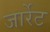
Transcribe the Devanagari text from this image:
जार्रेट